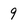
Character: 9